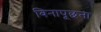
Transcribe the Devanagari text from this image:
बिनापूछना